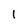
Character: l